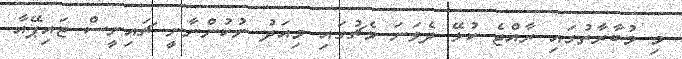
މި މުބާރާތުގައި ރާއްޖެ ކުޅޭ ދެވަަނަ މެޗުގައި މިއަދު ނުކުންނާނީ ޗައިނީސް ޓައިޕޭއާ